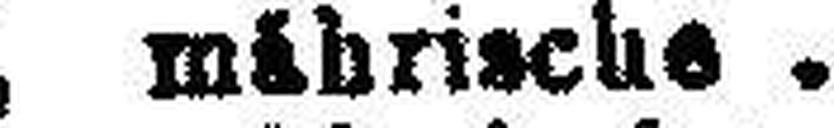
5% " mährische